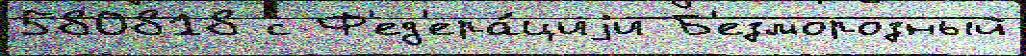
580818 с Ф'ед'ера́циjи Б'езморозный